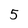
Character: 5